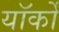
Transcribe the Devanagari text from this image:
यॉर्कों